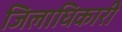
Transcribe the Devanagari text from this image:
जिलाघिकारी